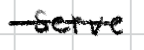
Text: serve
Cross-out: single-line
Writing tool: digital_black